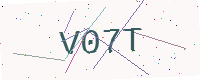
Text: V07T